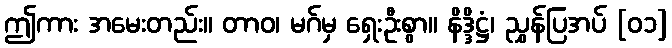
ဤကား အမေးတည်း။ တာဝ၊ မဂ်မှ ရှေးဦးစွာ။ နိဒ္ဒိဋ္ဌံ၊ ညွှန်ပြအပ် [၀၁]